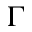
\Gamma